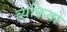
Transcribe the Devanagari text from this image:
ब्यक्तियो